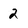
Character: 2